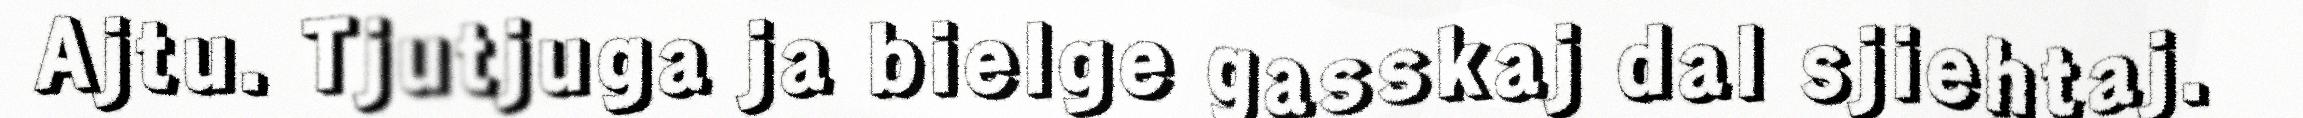
Ajtu. Tjutjuga ja bielge gasskaj dal sjiehtaj.